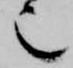
也